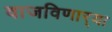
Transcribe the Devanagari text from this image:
वाजविणार्‍या